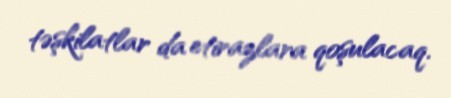
təşkilatlar da etirazlara qoşulacaq.